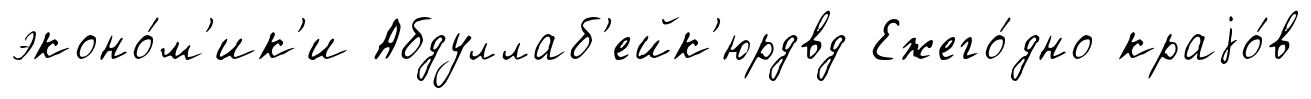
эконо́м'ик'и Абдуллаб'ейк'юрдвд Ежего́дно краjо́в